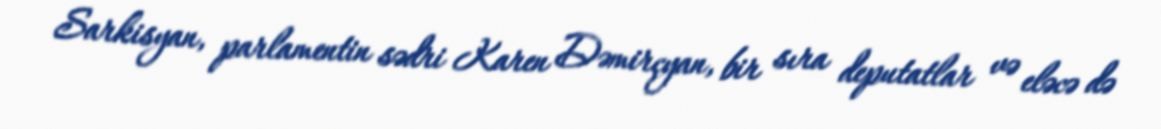
Sarkisyan, parlamentin sədri Karen Dəmirçyan, bir sıra deputatlar və eləcə də